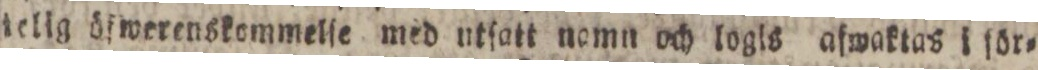
telig öfwerenskommelſe med utſatt nomn och logls afwaktas i för=